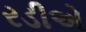
રડીએ